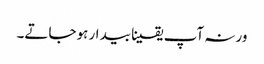
ورنہ آپ یقینا بیدار ہوجاتے۔